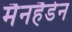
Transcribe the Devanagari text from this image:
मैनहैडेन